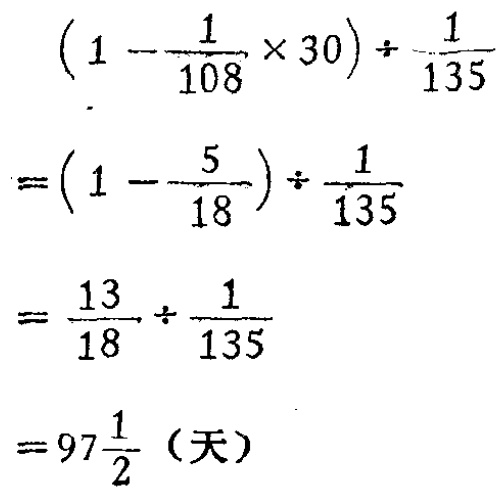
\[
\begin{align*}
&(1 - \frac{1}{108} \times 30) \div \frac{1}{135}\\
=&(1 - \frac{5}{18}) \div \frac{1}{135}\\
=&\frac{13}{18} \div \frac{1}{135}\\
=&97\frac{1}{2} (\text{天})
\end{align*}
\]